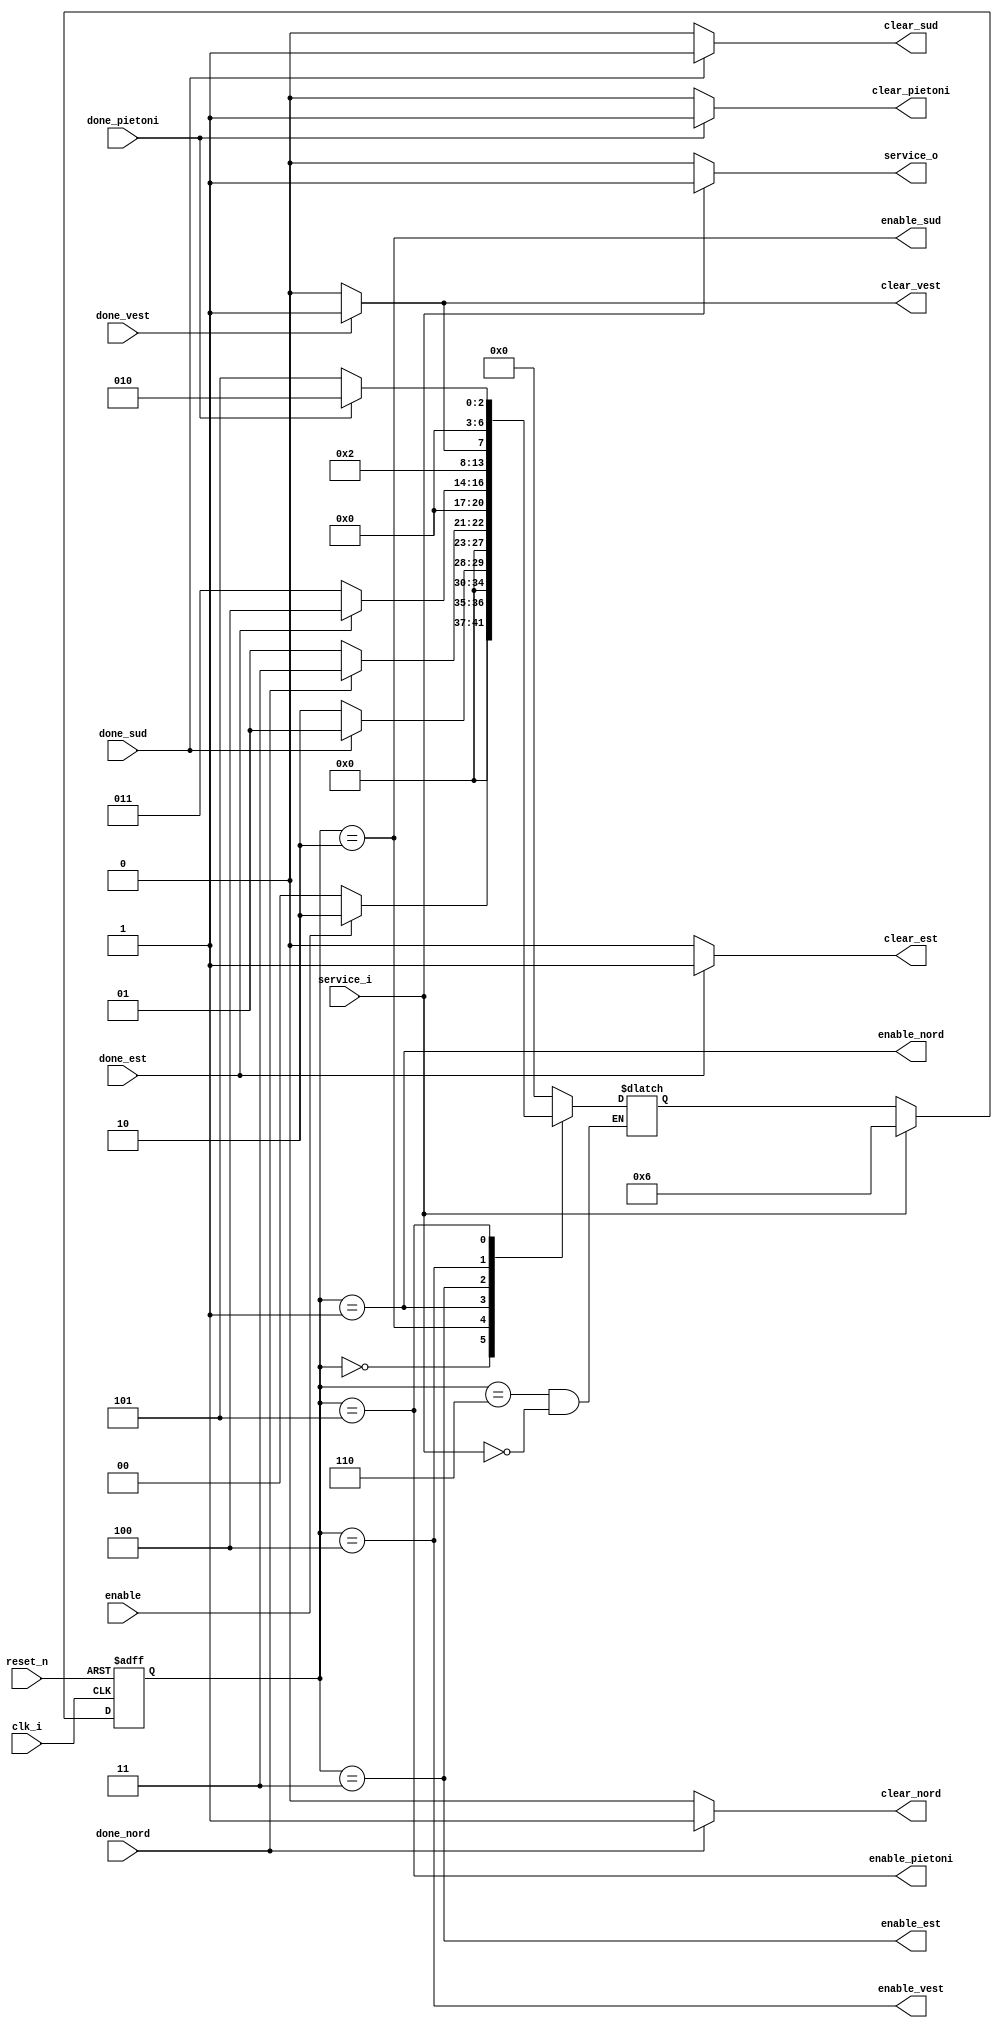
module modulControl
(
    input clk_i,
    input enable,
    input reset_n,
    input service_i,

    input done_nord,
    input done_sud,
    input done_est,
    input done_vest,
    input done_pietoni,

    output enable_nord,
    output enable_sud,
    output enable_est,
    output enable_vest,
    output enable_pietoni,

    output reg clear_nord,
    output reg clear_sud,
    output reg clear_est,
    output reg clear_vest,
    output reg clear_pietoni,

    output reg service_o
);

//Codare:
localparam s_idle = 0;
localparam s_auto_nord = 1;
localparam s_auto_sud = 2;
localparam s_auto_est = 3; 
localparam s_auto_vest = 4; 
localparam s_pietoni = 5; 
localparam s_service = 6;

reg [6:0]stare_curenta;
reg [6:0]stare_viitoare;

//Control:
//Partea secventiala

always @(posedge clk_i or negedge reset_n)
begin
    if(~reset_n) stare_curenta <= s_idle;
    else if(service_i) stare_curenta <= s_service;
    else       stare_curenta <= stare_viitoare;
end

//Parte combinationala
always @(*)  
begin
    case(stare_curenta)
        s_idle: if(enable) stare_viitoare <= s_auto_sud;
                else stare_viitoare <= s_idle;

        s_auto_sud: if(done_sud) stare_viitoare <= s_auto_nord;
                else stare_viitoare <= s_auto_sud;

        s_auto_nord: if(done_nord) stare_viitoare <= s_auto_est;
                else stare_viitoare <= s_auto_nord;

        s_auto_est: if(done_est) stare_viitoare <= s_auto_vest;
                else stare_viitoare <= s_auto_est;

        s_auto_vest: if(done_vest) stare_viitoare <= s_pietoni;
                else stare_viitoare <= s_auto_vest;

        s_pietoni: if(done_pietoni) stare_viitoare <= s_auto_sud;
                else stare_viitoare <= s_pietoni;

        s_service: if(service_i) stare_viitoare <= s_idle;
       
        default: stare_viitoare <= s_idle;
    endcase
end


//Iesirele

assign enable_nord = (stare_curenta == s_auto_nord);
assign enable_sud =  (stare_curenta == s_auto_sud);
assign enable_est = (stare_curenta == s_auto_est);
assign enable_vest = (stare_curenta == s_auto_vest);
assign enable_pietoni = (stare_curenta == s_pietoni);

always @*
begin
    clear_nord = (done_nord == 1) ? 1'b1 : 1'b0;
    clear_sud = (done_sud == 1) ? 1'b1 : 1'b0;
    clear_est = (done_est == 1) ? 1'b1 : 1'b0;
    clear_vest = (done_vest == 1) ? 1'b1 : 1'b0;
    clear_pietoni = (done_pietoni == 1) ? 1'b1 : 1'b0;
    service_o = (service_i == 1) ? 1'b1 : 1'b0;
end


endmodule